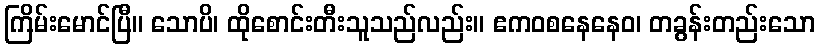
ကြိမ်းမောင်ပြီ။ သောပိ၊ ထိုစောင်းတီးသူသည်လည်း။ ဧကဝစနေနေဝ၊ တခွန်းတည်းသော